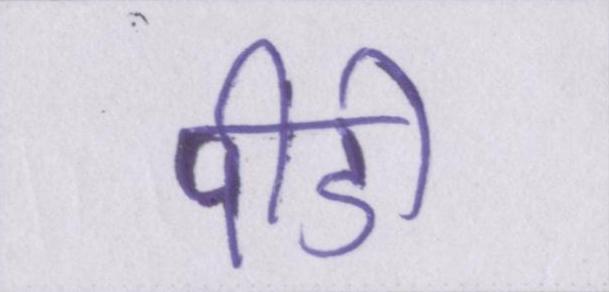
पीडी